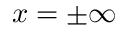
x = \pm \infty